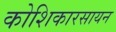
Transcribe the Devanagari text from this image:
कोशिकारसायन